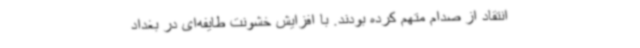
انتقاد از صدام متهم کرده بودند. با افزایش خشونت طایفه‌ای در بغداد